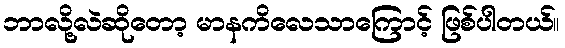
ဘာလို့လဲဆိုတော့ မာနကိလေသာကြောင့် ဖြစ်ပါတယ်။